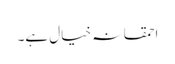
احمقانہ خیال ہے۔